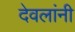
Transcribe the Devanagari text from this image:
देवलांनी